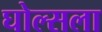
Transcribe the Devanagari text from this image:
घोल्सला